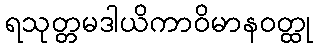
ရသုတ္တမဒါယိကာဝိမာနဝတ္ထု